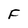
Character: F